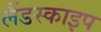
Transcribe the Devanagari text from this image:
लैंडस्काइप